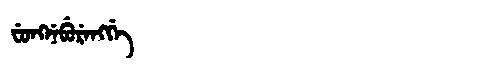
Manchu: ᠸᡠᠩᠨᡝᠪᡠᡵᡝᠩᡤᡝ
Romanization: FUNGNEBURENGGE